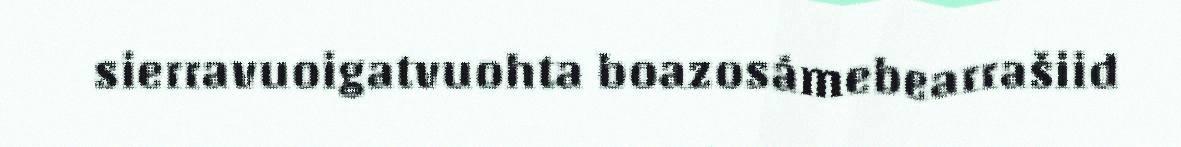
sierravuoigatvuohta boazosámebearrašiid